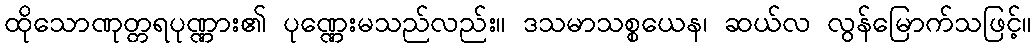
ထိုသောဏုတ္တရပုဏ္ဏား၏ ပုဏ္ဏေးမသည်လည်း။ ဒသမာသစ္စယေန၊ ဆယ်လ လွန်မြောက်သဖြင့်။